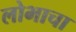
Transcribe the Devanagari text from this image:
लोभाचा